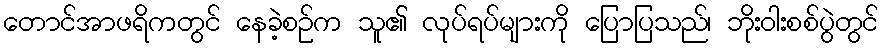
တောင်အာဖရိကတွင် နေခဲ့စဉ်က သူ၏ လုပ်ရပ်များကို ပြောပြသည်၊ ဘိုးဝါးစစ်ပွဲတွင်